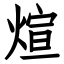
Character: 煊